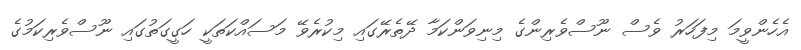
އެހެންވީމަ މިފަހަރު ވެސް ނޫސްވެރިންގެ މިނިވަންކަމާ ދޭތެރޭގައި މިކުރެވޭ މަސައްކަތަކީ ހަގީގަތުގައި ނޫސްވެރިކަމުގެ